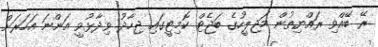
ރޭ ބޭއްވި ރައްޔިތުން މަޖިލީހުގެ ބަޖެޓް ކޮމިޓީގައި ޖިހާދު ވިދާޅުވީ އަންނަ އަހަރަށް